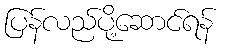
ပြန်လည်ပို့ဆောင်ရန်